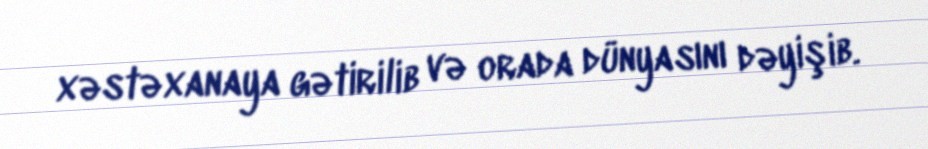
xəstəxanaya gətirilib və orada dünyasını dəyişib.